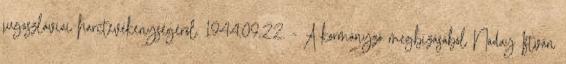
jugoszláviai harctevékenységérõl. 1944.09.22. - A kormányzó megbízásából Náday István